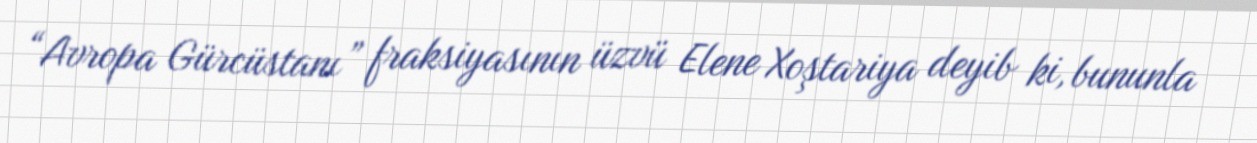
“Avropa Gürcüstanı” fraksiyasının üzvü Elene Xoştariya deyib ki, bununla